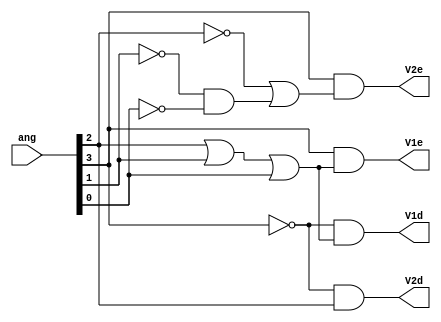
/*Tabela verdade
A B C D V1e V2e V1d v2d
0 0 0 0  0   0   0   0  
0 0 0 1  0   0   1   0
0 0 1 0  0   0   1   0
0 0 1 1  0   0   1   0
0 1 0 0  0   0   1   1
0 1 0 1  0   0   1   1
0 1 1 0  0   0   1   1
0 1 1 1  0   0   1   1
1 0 0 0  0   1   0   0
1 0 0 1  1   1   0   0
1 0 1 0  1   1   0   0
1 0 1 1  1   1   0   0
1 1 0 0  1   1   0   0
1 1 0 1  1   0   0   0
1 1 1 0  1   0   0   0
1 1 1 1  1   0   0   0
*/


module act_aileron(ang, V1e, V2e, V1d, V2d);
    input [3:0] ang;
    output reg V1e, V2e, V1d, V2d;

    always @(*)
        begin
            V1d = ~ang[3] & (ang[2] | ang[1] | ang[0]);
            V2d = ~ang[3] & ang[2];
            V1e = ang[3] & (ang[2] | ang[1] | ang[0]);
            V2e = ang[3] & (~ang[2] | (~ang[1] & ~ang[0]));    
        end        
    
endmodule

module top;
    reg [3:0] ang;
    wire V1e, V2e, V1d, V2d;

    act_aileron act(.ang(ang), .V1e(V1e), .V2e(V2e), .V1d(V1d), .V2d(V2d));

    initial 
        begin
            ang = 0;
        end

    always 
        begin
            #1 ang++;
        end
    
    initial 
        begin
            #16 $stop;
        end
    
    initial
        begin
            $dumpfile("ex.dump");
            $dumpvars(0, top);
            $dumpon;
            $display("Tempo \t A \t B \t C \t D \t V1e \t V2e \t V1d \t V2d");
            $monitor("%0d \t %b \t %b \t %b \t %b \t %b \t %b \t %b \t %b", $time, ang[3], ang[2], ang[1], ang[0], V1e, V2e, V1d, V2d);
        end
endmodule